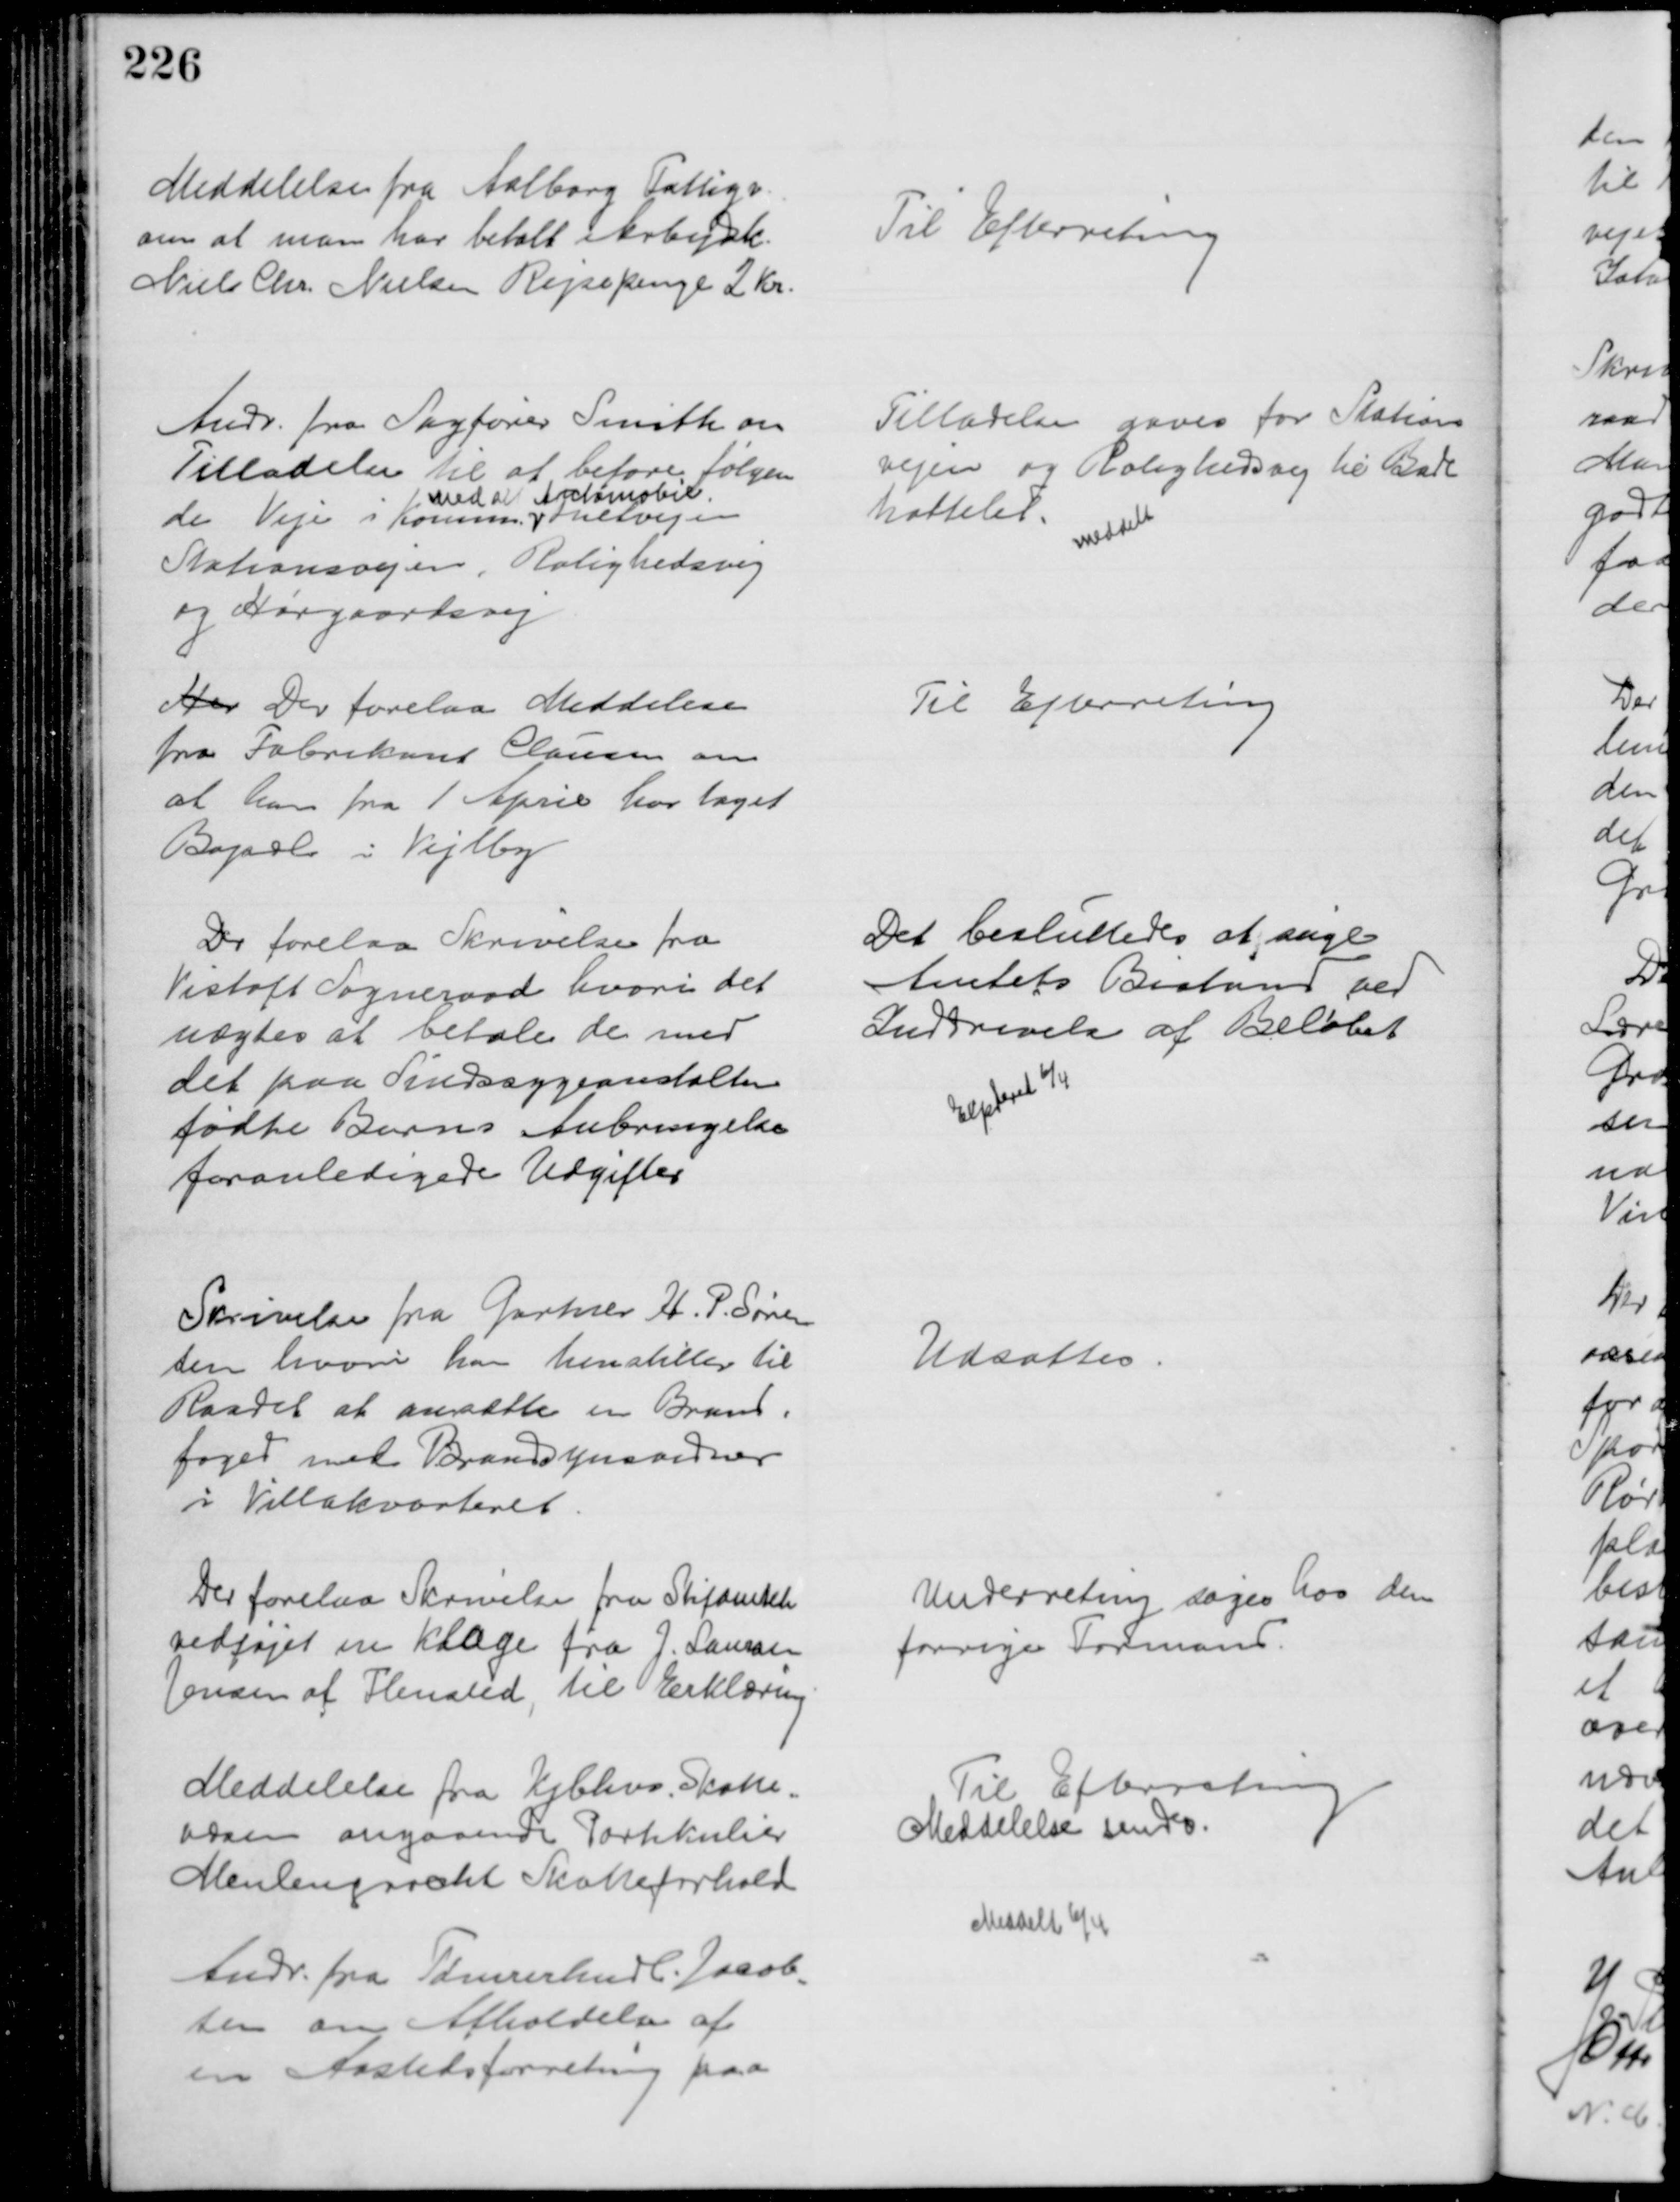
Transskription:
Meddelelse fra Aalborg Fattigv.
om at man har betalt Arbejdk.
Niels Chr. Nielsen Rejsepenge 2 Kr.
Til Efterretning
Andr. fra Sagfører Smith om
Tilladelse til at befare følgen
de Veje i Komm.
med et Automobil
Fuetvejen
Stationsvejen, Rolighedsvej
og Hørgaardsvej
Tilladelse gaves for Stations
vejen og Rolighedsvej til Bade
hottelet.
meddelt
Her Der forelaa Meddelese
fra Fabrikant Clausen om
at han fra 1 April har taget
Bopæl i Vejlby
Til Efterretning
Der forelaa Skrivelse fra
Vistoft Sogneraad hvori det 
nægtes at betale de med
det paa Sindssygeanstalten
fødte Barns Anbringelse
foranledigede Udgifter
Det besluttedes at søge
Amtets Bistand ved
Inddrivelse af Beløbet
Expederet 6/4
Skrivelse fra Gartner H. P. Søren
sen hvori han henstiller til
Raadet at ansætte en Brand=
foged med Brandsynsvidner
i Villakvarteret.
Udsættes.
Der forelaa Skrivelse fra Stiftamtet
vedføjet en Klage fra J. Laursen
Jensen af Flensted, til Erklæring
Underreting søges hos den 
forrige Formand.
Meddelelse fra Kjbhvn. Skatte=
væsen angaaende Partikulier
Meulengracht Skatteforhold
Til Efterretning
Meddelelse sendes.
Meddelt 6/4
Andr. fra Tømrerhndl. Jacob=
sen om Afholdelse af 
en Aastedsforretning paa